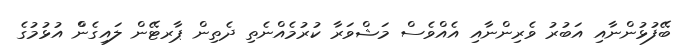
ބޭފުޅުންނާއި އަބުރު ވެރިންނާއި އެއްވެސް މަޝްވަރާ ކުރުމެއްނެތި ދެތިން ޕާރޓޭން ލައިގެންް އުޅުމުގެ